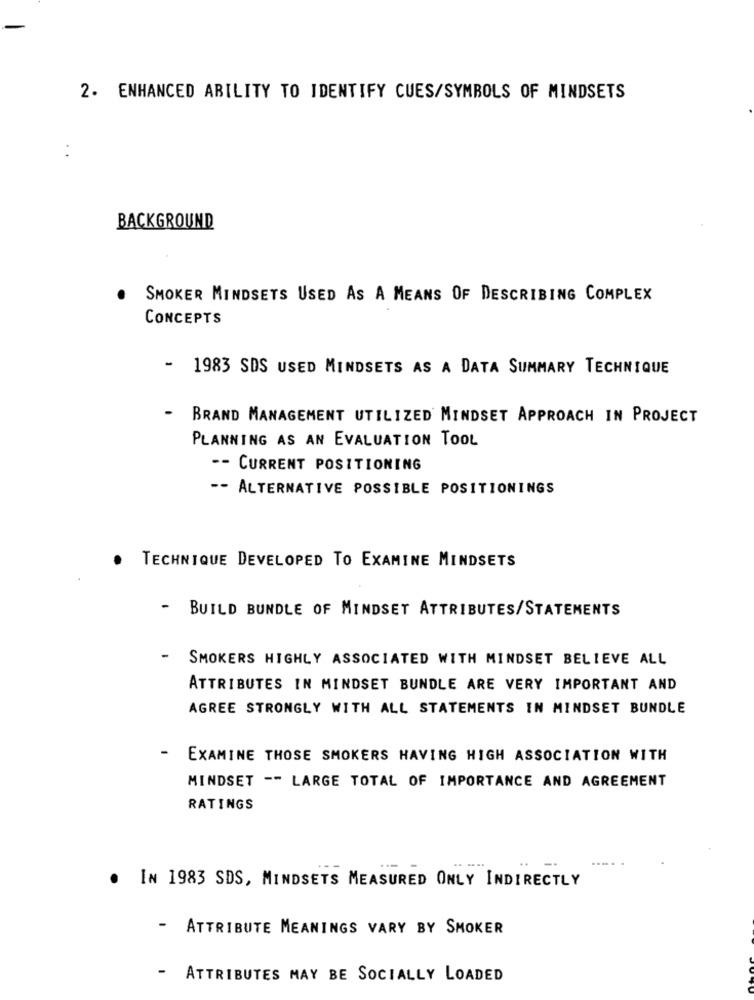
2. ENHANCED ABILITY TO IDENTIFY CUES/SYMBOLS OF MINDSETS
. .
BACKGROUND
SMOKER MINDSETS USED AS A MEANS OF DESCRIBING COMPLEX
CONCEPTS
- 1983 SDS USED MINDSETS AS A DATA SUMMARY TECHNIQUE
-
BRAND MANAGEMENT UTILIZED MINDSET APPROACH IN PROJECT
PLANNING AS AN EVALUATION TOOL
CURRENT POSITIONING
-- ALTERNATIVE POSSIBLE POSITIONINGS
. TECHNIQUE DEVELOPED TO EXAMINE MINDSETS
-
BUILD BUNDLE OF MINDSET ATTRIBUTES/STATEMENTS
-
SMOKERS HIGHLY ASSOCIATED WITH MINDSET BELIEVE ALL
ATTRIBUTES IN MINDSET BUNDLE ARE VERY IMPORTANT AND
AGREE STRONGLY WITH ALL STATEMENTS IN MINDSET BUNDLE
-
EXAMINE THOSE SMOKERS HAVING HIGH ASSOCIATION WITH
MINDSET -- LARGE TOTAL OF IMPORTANCE AND AGREEMENT
RATINGS
. IN 1983 SDS, MINDSETS MEASURED ONLY INDIRECTLY
- ATTRIBUTE MEANINGS VARY BY SMOKER
- ATTRIBUTES MAY BE SOCIALLY LOADED